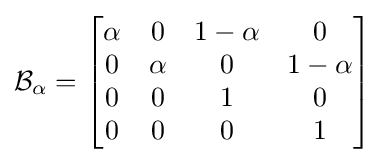
{\mathcal {B}}_{\alpha }={\begin{bmatrix}\alpha &0&1-\alpha &0\\0&\alpha &0&1-\alpha \\0&0&1&0\\0&0&0&1\end{bmatrix}}